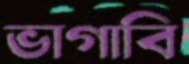
ভাগাবি